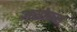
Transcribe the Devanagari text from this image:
असोकस